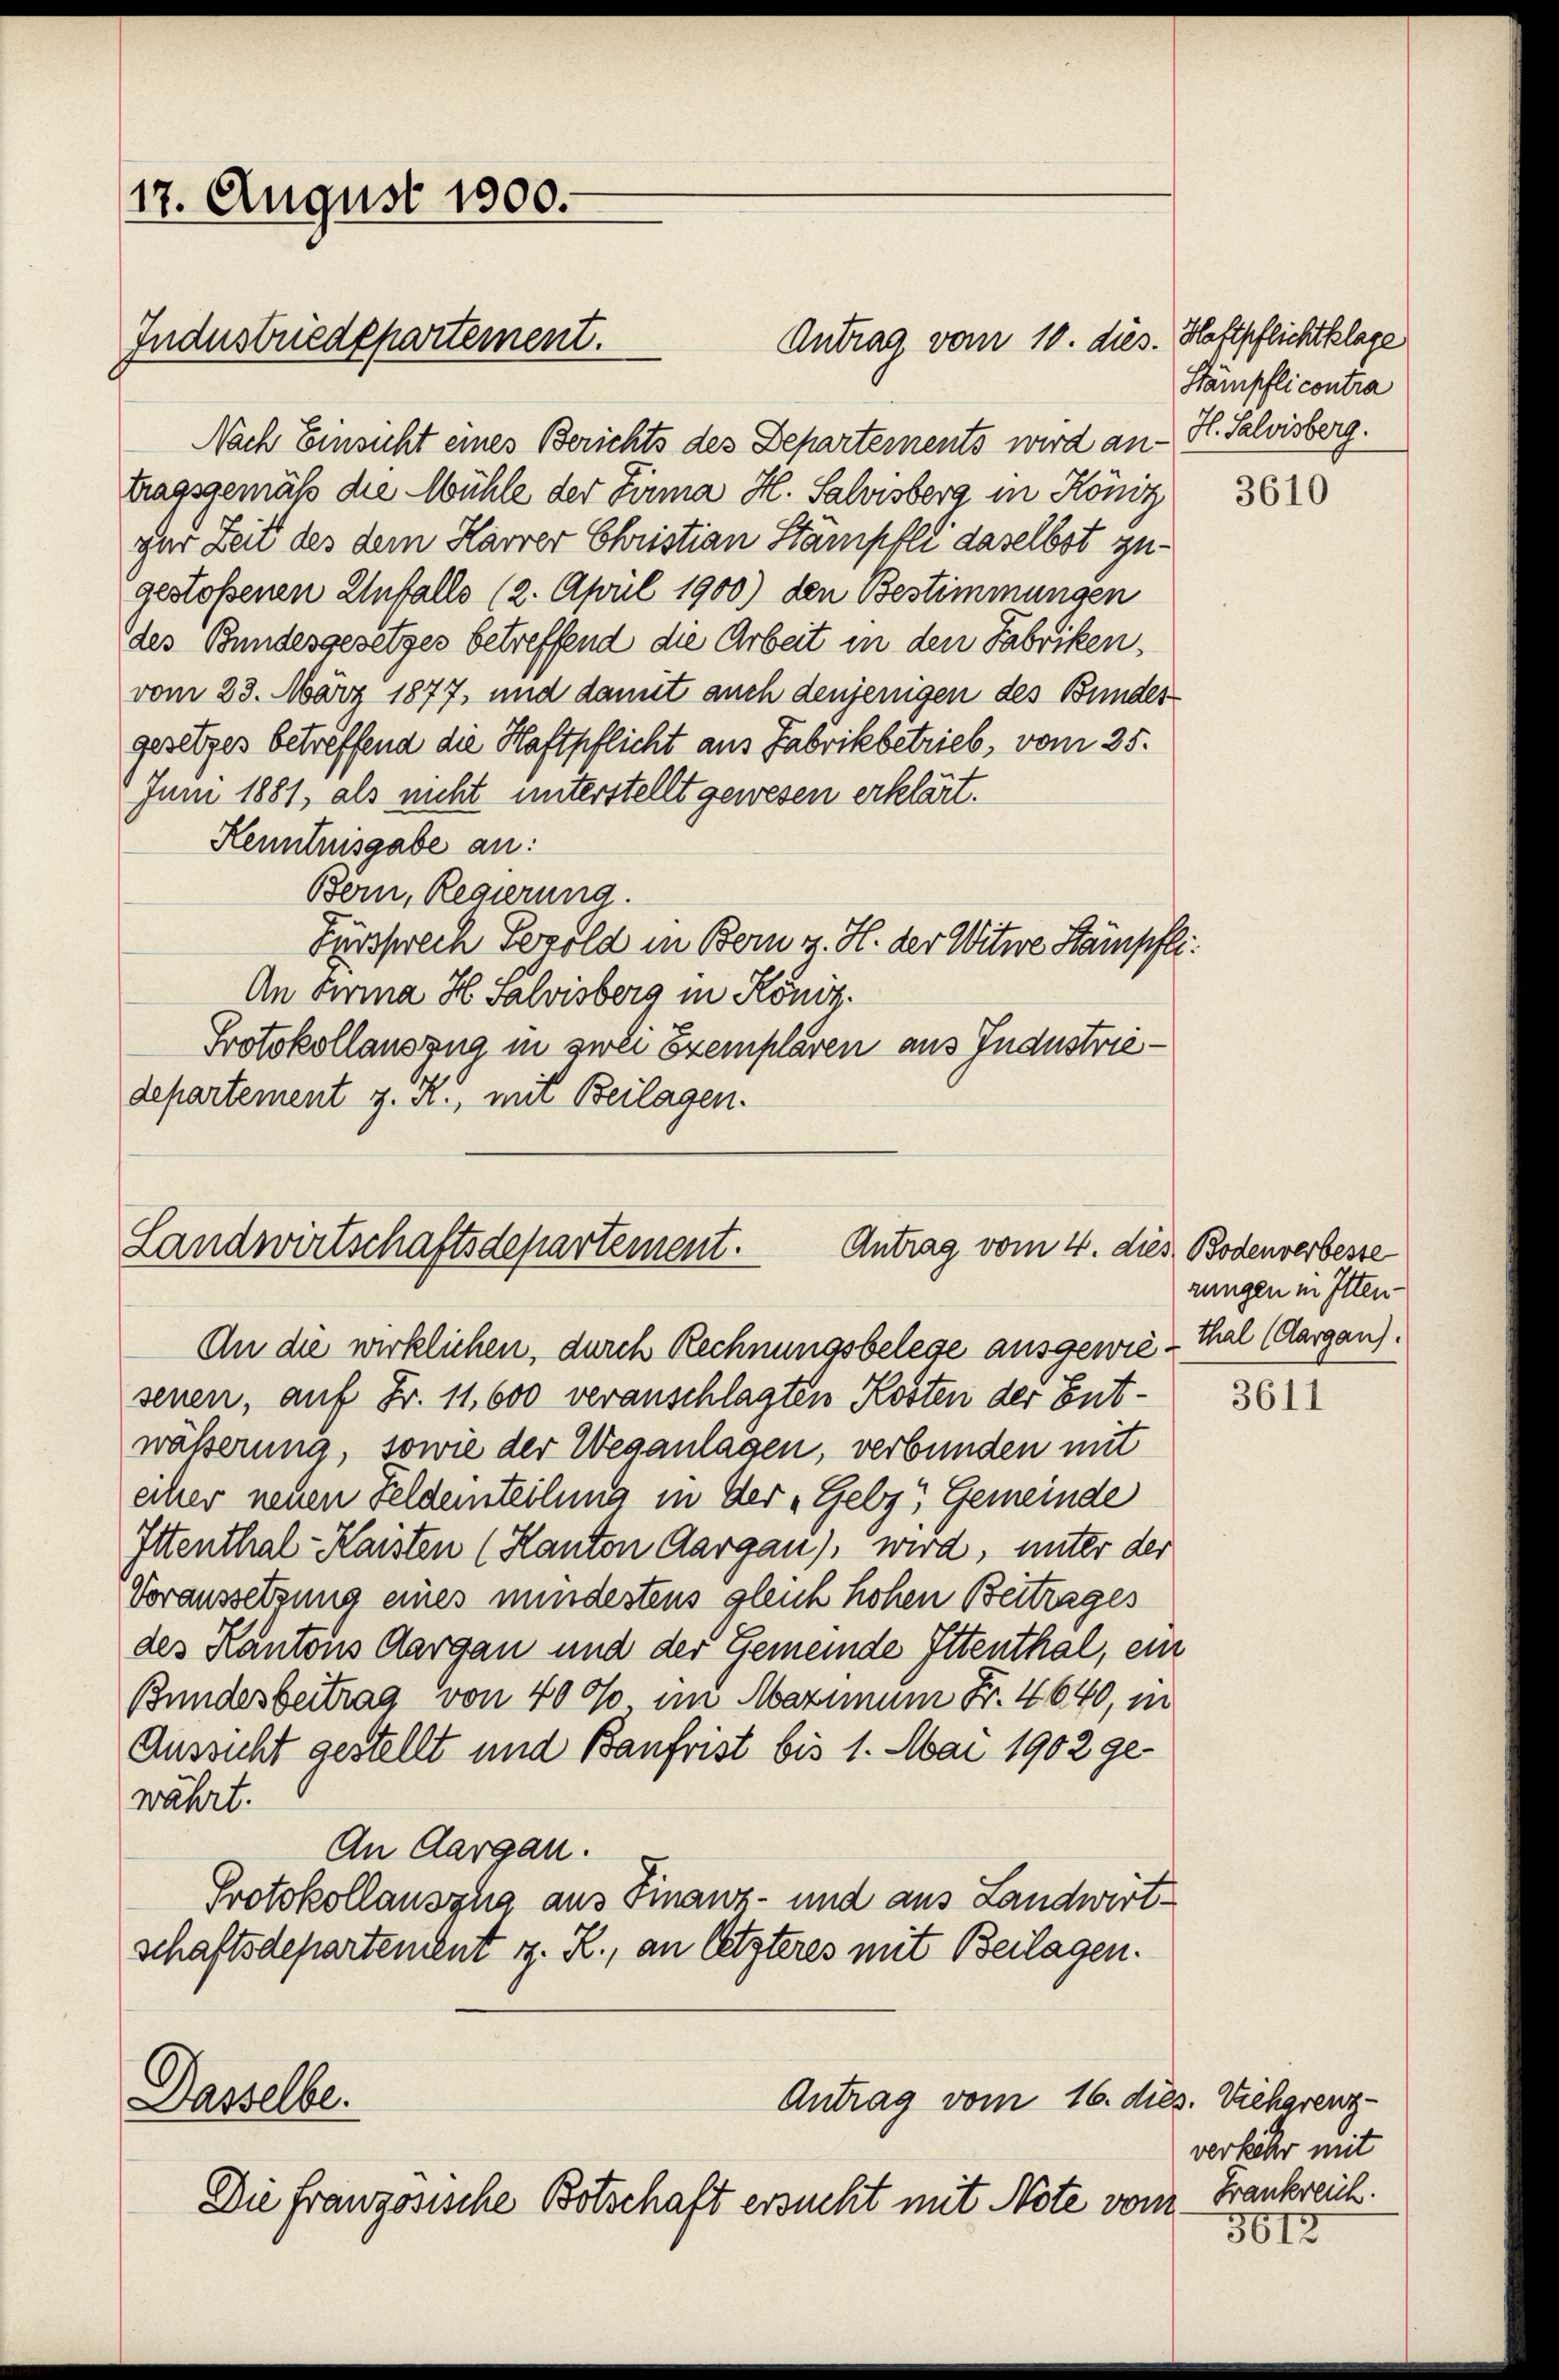
17. August 1900.
Industriedepartement.

Antrag vom 4. dies Bodenverbeste
Landwirtschaftsdepartement.

Antrag vom 10. dies. Haftpflichtklage
Nach Einsicht eines Berichts des Departements wird an H. Salvisberg.
tragsgemäß die Mühle der Firma H. Salisberg in König
zur Zeit des dem Harrer Christian Stämpfli daselbst zugestoßenen Unfalls (2. April 1900) den Bestimmungen
des Bundesgesetzes betreffend die Arbeit in den Fabriken,
vom 23. März 1877, und damit auch denjenigen des Bundes
gesetzes betreffend die Haftpflicht aus Fabrikbetrieb, vom 25.
Juni 1881, als nicht unterstellt gewesen erklärt.
Kenntnisgabe an:
Böm, Regierung.
Fürsprech Serold in Bern v. H. der Witwe Stämpfli
An Firma H. Salvisberg in Köniz.
Protokollauszug in zwei Exemplaren aus Industriedepartement z. R., mit Beilagen.

An die wirklichen, durch Rechnungsbelege ausgewiesenen, auf Fr. 11,600 veranschlagten Kosten der Entwäßerung, sowie der Weganlagen, verbunden mit
eiher neuen Feldeinteilung in der „Gebz, Gemeinde
Ittenthal-Kaisten (Kanton Aargau), wird, unter der
Voraussetzung eines mindestens gleich hohen Beitrages
des Kantons Aargau und der Gemeinde Ittenthal, ein
Bundesbeitrag von 400, im Maximum Fr. 4640, in
Aussicht gestellt und Baufrist bis 1. Mai 1902 ge-
währt.
An Aargau.
Protokollauszug aus Finanz- und aus Landwirtschaftsdepartement z. R., an letzteres mit Beilagen.
Antrag vom 16. dies. Viehgrenz
Dasselbe.
Die franzosische Botschaft ersucht mit Note vom

Stämpflicontra

3610

zungen in Itten-
thal (Aargau).

3611

verlicher mit
Frankreich.

5613